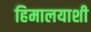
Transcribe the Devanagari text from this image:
हिमालयाशी